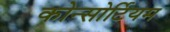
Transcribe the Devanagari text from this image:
कोन्सोर्टियम